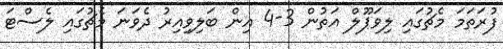
ފުރަތަމަ މެޗުގައި ލިވަޕޫލް އަތުން 3-4 އިން ބަލިވިއިރު ދެވަނަ މެޗުގައި ލެސްޓަ